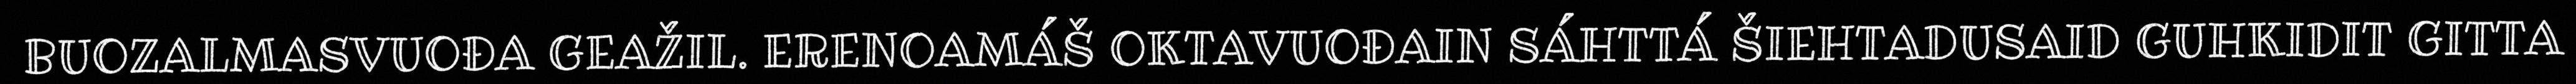
BUOZALMASVUOĐA GEAŽIL. ERENOAMÁŠ OKTAVUOĐAIN SÁHTTÁ ŠIEHTADUSAID GUHKIDIT GITTA